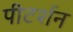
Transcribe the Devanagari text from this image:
पीटर्शन